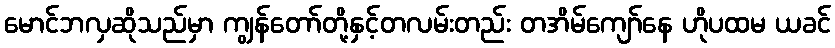
မောင်ဘလှဆိုသည်မှာ ကျွန်တော်တို့နှင့်တလမ်းတည်း တအိမ်ကျော်နေ ဟိုပထမ ယခင်